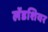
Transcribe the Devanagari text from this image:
लॅडशियर